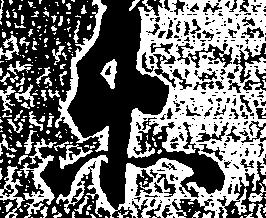
衛